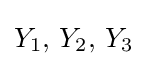
Y_{1},\,Y_{2},\,Y_{3}